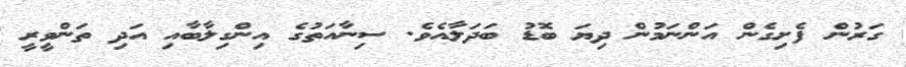
ގަރުން ފެށިގެން އަންނަމުން ދިޔަ ބޮޑު ބަދަލާއެވެ. ސިނާއަތުގެ އިންގިލާބާއި އަދި ތަންވީރީ